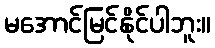
မအောင်မြင်နိုင်ပါဘူး။